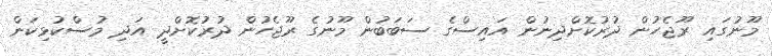
މޫނުގައި ރޫޖެހުން ދުރުކޮށްދިނުން އައިސްގެ ސަބަބުން މޫނުގެ ރޫޖެހުން ދުރުކޮށްދީ އަދި މުސްކުޅިކަން